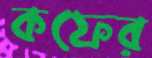
কফের